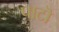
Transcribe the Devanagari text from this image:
पाटॊ